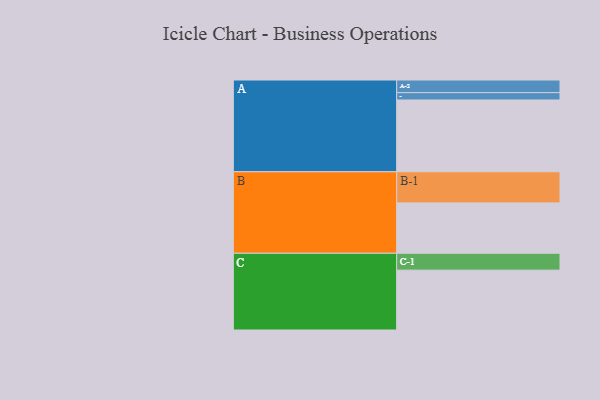
{"axis": {"x": "Segment", "y": "Value"}, "legend": ["", "A", "B", "C"], "data": [{"x": "A", "y": 574, "type": ""}, {"x": "B", "y": 403, "type": ""}, {"x": "C", "y": 479, "type": ""}, {"x": "A-1", "y": 59, "type": "A"}, {"x": "A-2", "y": 101, "type": "A"}, {"x": "B-1", "y": 249, "type": "B"}, {"x": "C-1", "y": 135, "type": "C"}]}